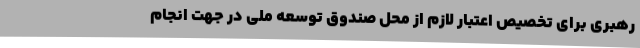
رهبری برای تخصیص اعتبار لازم از محل صندوق توسعه ملی در جهت انجام